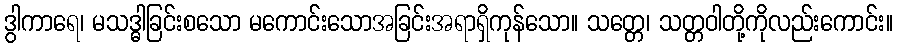
ဒွါကာရေ၊ မသဒ္ဓါခြင်းစသော မကောင်းသောအခြင်းအရာရှိကုန်သော။ သတ္တေ၊ သတ္တဝါတို့ကိုလည်းကောင်း။